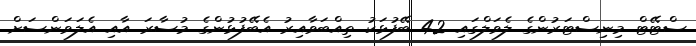
ސްޓޭޓް މިނިސްޓަރުންގެ ލެވަލްގައި 42 ބޭފުޅަކު ތިއްބަވާއިރު އެބޭފުޅުންގެ މުސާރަ އާއި އެލަވަންސަށް